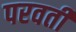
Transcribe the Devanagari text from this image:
परवतीं